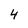
Character: 4